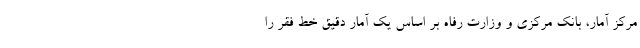
مرکز آمار، بانک مرکزی و وزارت رفاه بر اساس یک آمار دقیق خط فقر را